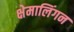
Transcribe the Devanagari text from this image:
क्षेमालिंगन